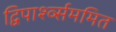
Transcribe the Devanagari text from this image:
द्विपार्श्व्सममित